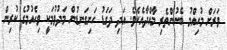
ވަރަށް މުހިއްމު ބޭނުންތެރި މާއްދާއެކެވެ. އަދި ދަގަޑު ހަށިގަނޑުން މަދުވުމަކީ ވިހެއުމުގެ ކުރިން